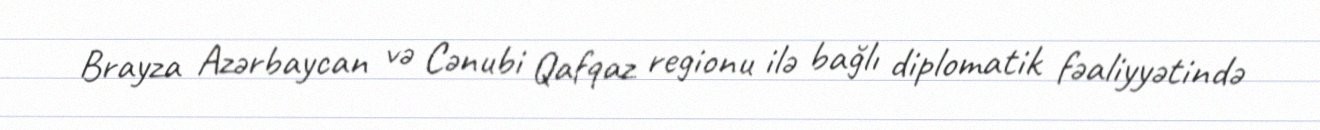
Brayza Azərbaycan və Cənubi Qafqaz regionu ilə bağlı diplomatik fəaliyyətində